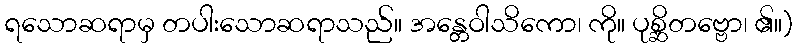
ရသောဆရာမှ တပါးသောဆရာသည်။ အန္တေဝါသိကော၊ ကို။ ပုစ္ဆိတဗ္ဗော၊ ၏။)